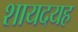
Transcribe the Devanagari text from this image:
शायदयह